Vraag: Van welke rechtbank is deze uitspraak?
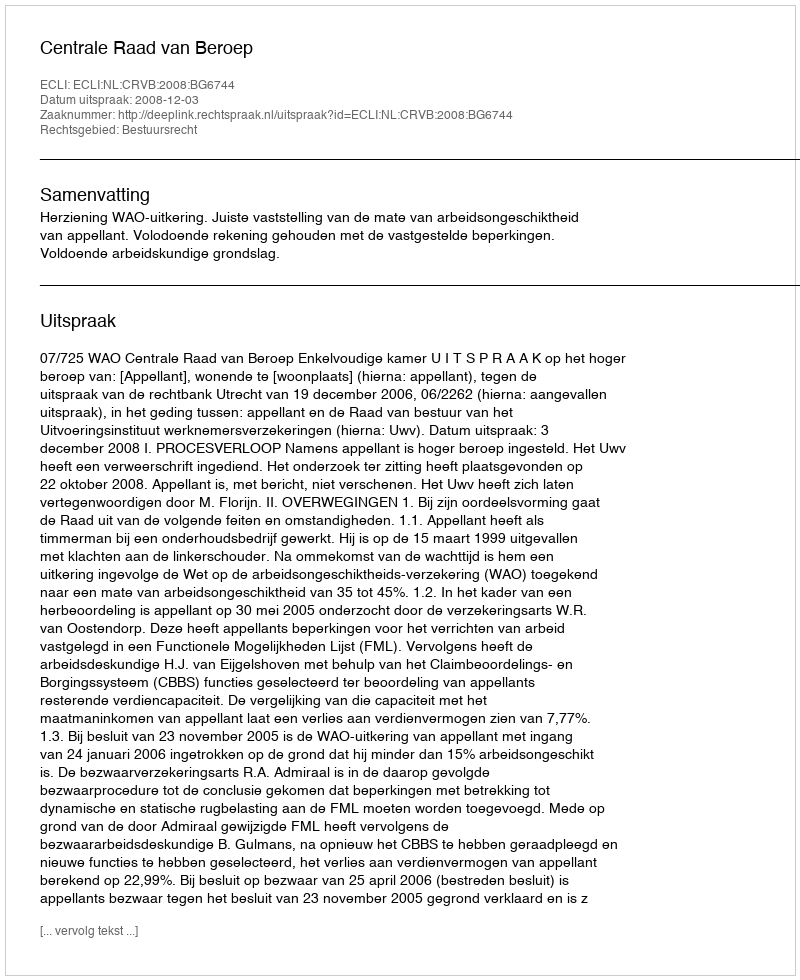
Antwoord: Centrale Raad van Beroep